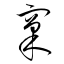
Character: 窠